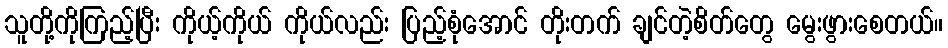
သူတို့ကိုကြည့်ပြီး ကိုယ့်ကိုယ် ကိုယ်လည်း ပြည့်စုံအောင် တိုးတက် ချင်တဲ့စိတ်တွေ မွေးဖွားစေတယ်။